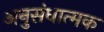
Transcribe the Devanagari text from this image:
अनुसंधात्मक